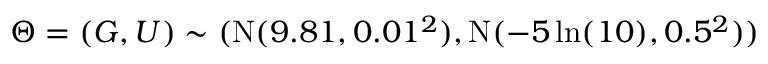
\Theta = ( G , U ) \sim ( \mathrm { N } ( 9 . 8 1 , 0 . 0 1 ^ { 2 } ) , \mathrm { N } ( - 5 \ln ( 1 0 ) , 0 . 5 ^ { 2 } ) )